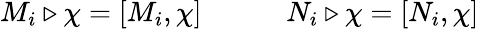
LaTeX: M_{i}\triangleright\chi=[M_{i},\chi]\qquad\quad N_{i}\triangleright\chi=[N_{i},\chi]